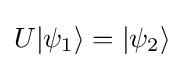
U|\psi _{1}\rangle =|\psi _{2}\rangle